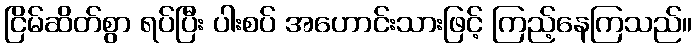
ငြိမ်ဆိတ်စွာ ရပ်ပြီး ပါးစပ် အဟောင်းသားဖြင့် ကြည့်နေကြသည်။